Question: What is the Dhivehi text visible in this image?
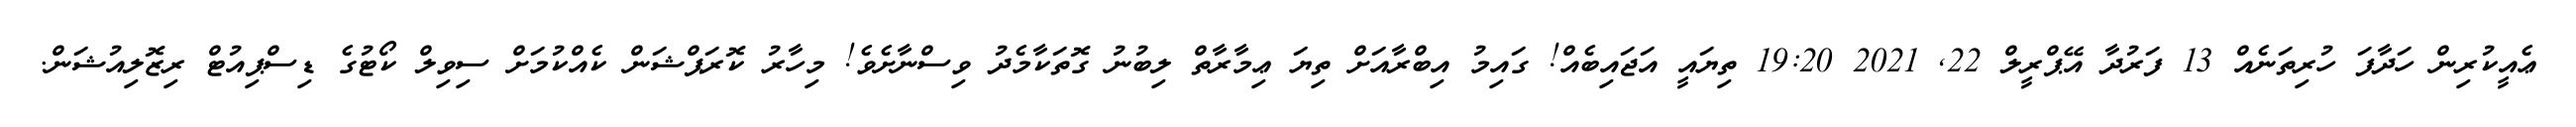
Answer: ޢެއީކުރިން ހަދާފަ ހުރިތަނެއް 13 ފަރުދާ އޭޕްރީލް 22, 2021 19:20 ތިޔައީ އަޖައިބެއް! ގައިމު އިބްރާއަށް ތިޔަ ޢިމާރާތް ލިބުނު ގޮތަކާމެދު ވިސްނާށެވެ! މިހާރު ކޮރަޕްޝަން ކެއްކުމަށް ސިވިލް ކޯޓުގެ ޑިސްޕިއުޓް ރިޒޮލިއުޝަން.